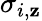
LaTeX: \sigma_{i,\mathbf{z}}